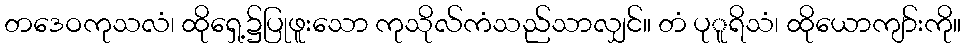
တဒေဝကုသလံ၊ ထိုရှေ့၌ပြုဖူးသော ကုသိုလ်ကံသည်သာလျှင်။ တံ ပုူရိသံ၊ ထိုယောကျာ်းကို။